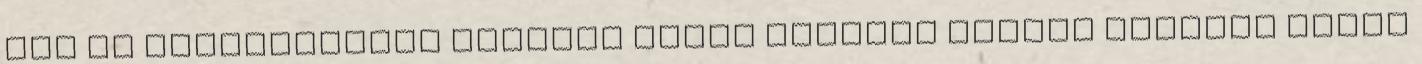
Bár ha belegondolok Natalia Fabia bőrében duplán érdekes lenne